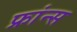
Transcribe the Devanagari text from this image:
फ्रांन्स